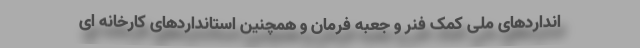
انداردهای ملی کمک فنر و جعبه فرمان و همچنین استانداردهای کارخانه ای